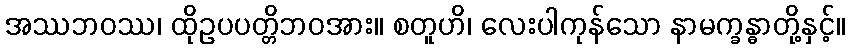
အဿဘဝဿ၊ ထိုဥပပတ္တိဘဝအား။ စတူဟိ၊ လေးပါကုန်သော နာမက္ခန္ဓာတို့နှင့်။